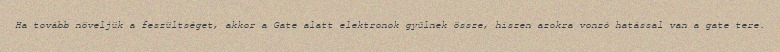
Ha tovább növeljük a feszültséget, akkor a Gate alatt elektronok gyűlnek össze, hiszen azokra vonzó hatással van a gate tere.